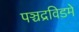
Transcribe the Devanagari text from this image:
पञ्चद्रविडमे